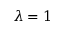
\lambda = 1